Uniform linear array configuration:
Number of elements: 8
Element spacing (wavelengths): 0.5
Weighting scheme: blackman
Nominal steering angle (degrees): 45
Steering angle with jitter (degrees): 44.515
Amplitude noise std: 0.05
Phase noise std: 0.05

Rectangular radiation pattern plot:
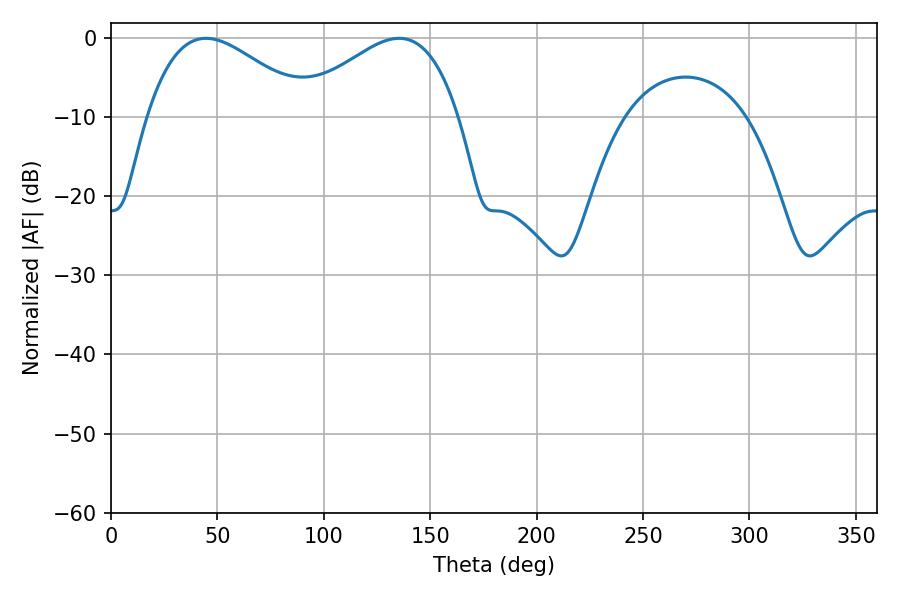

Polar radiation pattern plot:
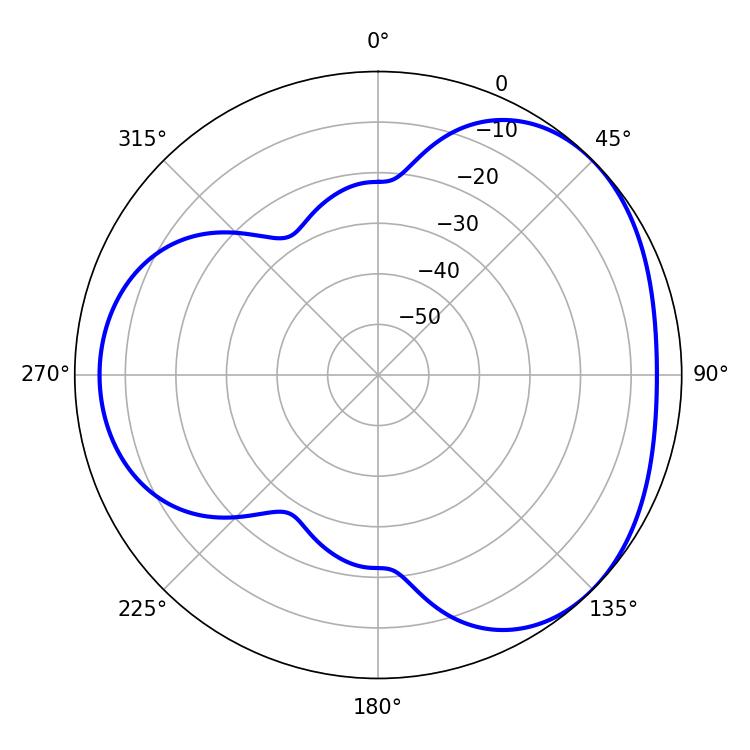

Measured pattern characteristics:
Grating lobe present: FALSE
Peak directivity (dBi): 3.458
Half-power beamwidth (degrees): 41.4
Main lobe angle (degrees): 44.64